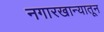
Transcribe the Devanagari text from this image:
नगारखान्यातून